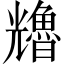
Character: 𠓑